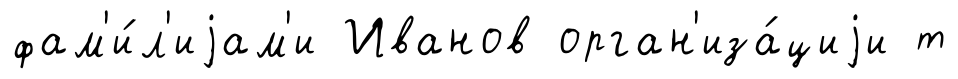
фам'и́л'иjам'и Иванов орган'иза́циjи т